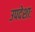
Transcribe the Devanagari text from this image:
उपदेशाः